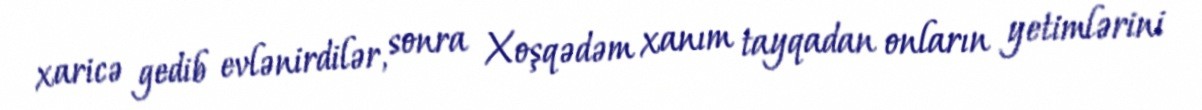
xaricə gedib evlənirdilər, sonra Xoşqədəm xanım tayqadan onların yetimlərini